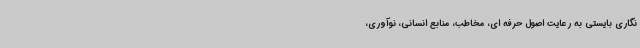
نگاری بایستی به رعایت اصول حرفه ای، مخاطب، منابع انسانی، نوآوری،